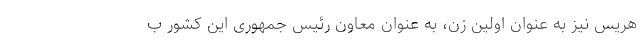
هریس نیز به عنوان اولین زن، به عنوان معاون رئیس جمهوری این کشور ب